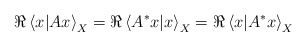
\begin{align*}\Re\left\langle x|Ax\right\rangle _{X}=\Re\left\langle A^{*}x|x\right\rangle _{X}=\Re\left\langle x|A^{*}x\right\rangle _{X}\end{align*}